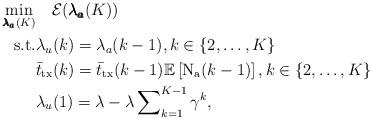
LaTeX: \begin{align*}\begin{aligned}\underset{\pmb{\lambda_a}(K)}{\min} &\quad\mathcal{E}(\pmb{\lambda_a}(K))\\\textrm{s.t.} & \lambda_u(k)= \lambda_a(k-1),k\in \{2,\hdots, K\}\\&\bar{t}_{\rm tx}(k)=\bar{t}_{\rm tx}(k-1)\mathbb{E}\left[\mathrm{N_a}(k-1)\right],k\in \{2,\hdots, K\}\\&\lambda_u(1)=\lambda-\lambda\sum\nolimits_{k=1}^{K-1}{\gamma^k},\end{aligned}\end{align*}